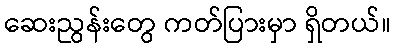
ဆေးညွန်းတွေ ကတ်ပြားမှာ ရှိတယ်။